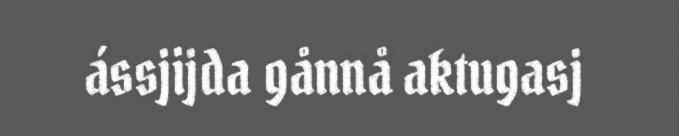
ássjijda gånnå aktugasj